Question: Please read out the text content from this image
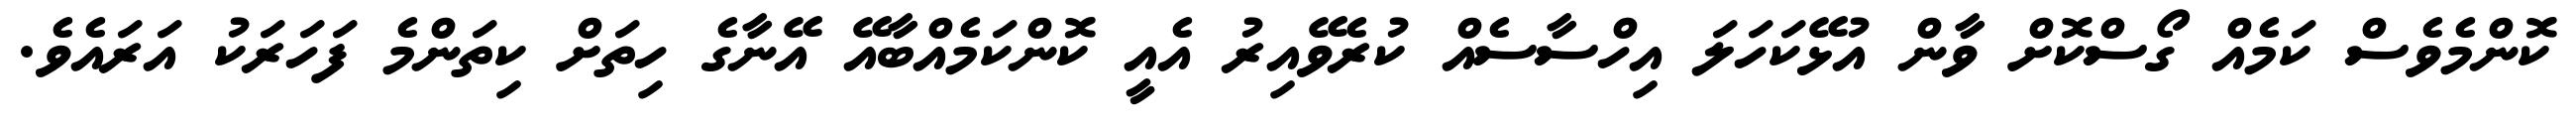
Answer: ކޮންމެވެސް ކަމެއް ގޯސްކޮށް ވާން އުޅޭކަހަލަ އިހްސާސެއް ކުރެވޭއިރު އެއީ ކޮންކަމެއްބާއޭ އޭނާގެ ހިތަށް ކިތަންމެ ފަހަރަކު އަރައެވެ.